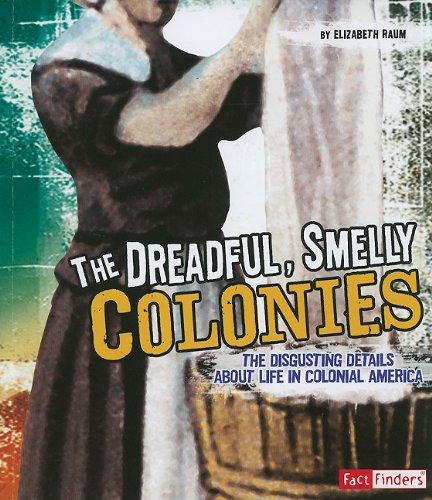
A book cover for The Dreadful, Smelly Colonies: The Disgusting Details About Life in Colonial America (Disgusting History); Elizabeth Raum; Children's Books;